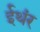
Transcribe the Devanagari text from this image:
ईथंर